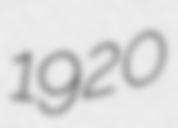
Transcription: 1920